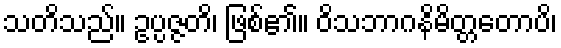
သတိသည်။ ဥပ္ပဇ္ဇတိ၊ ဖြစ်၏။ ဝိသဘာဂနိမိတ္တတောပိ၊